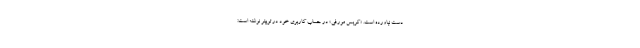
دست نیاورده است. «کریس مورفی» در حساب کاربری خود در توییتر نوشته است: